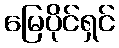
မြေပိုင်ရှင်